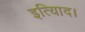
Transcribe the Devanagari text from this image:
इत्यािद।